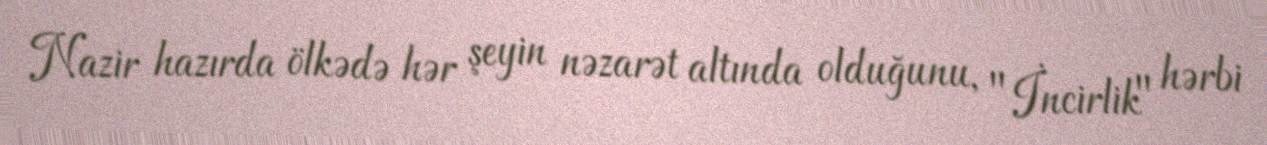
Nazir hazırda ölkədə hər şeyin nəzarət altında olduğunu, "İncirlik" hərbi